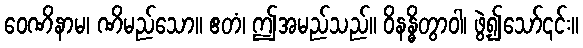
ဝေဏိနာမ၊ ဏိမည်သော။ ဧတံ၊ ဤအမည်သည်။ ဝိနန္ဓိတွာဝါ၊ ဖွဲ့၍သော်၎င်း။